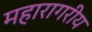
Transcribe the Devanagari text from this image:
महारागरीय